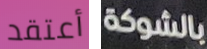
أعتقد بالشوكة